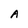
Character: A